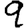
Digit: 9